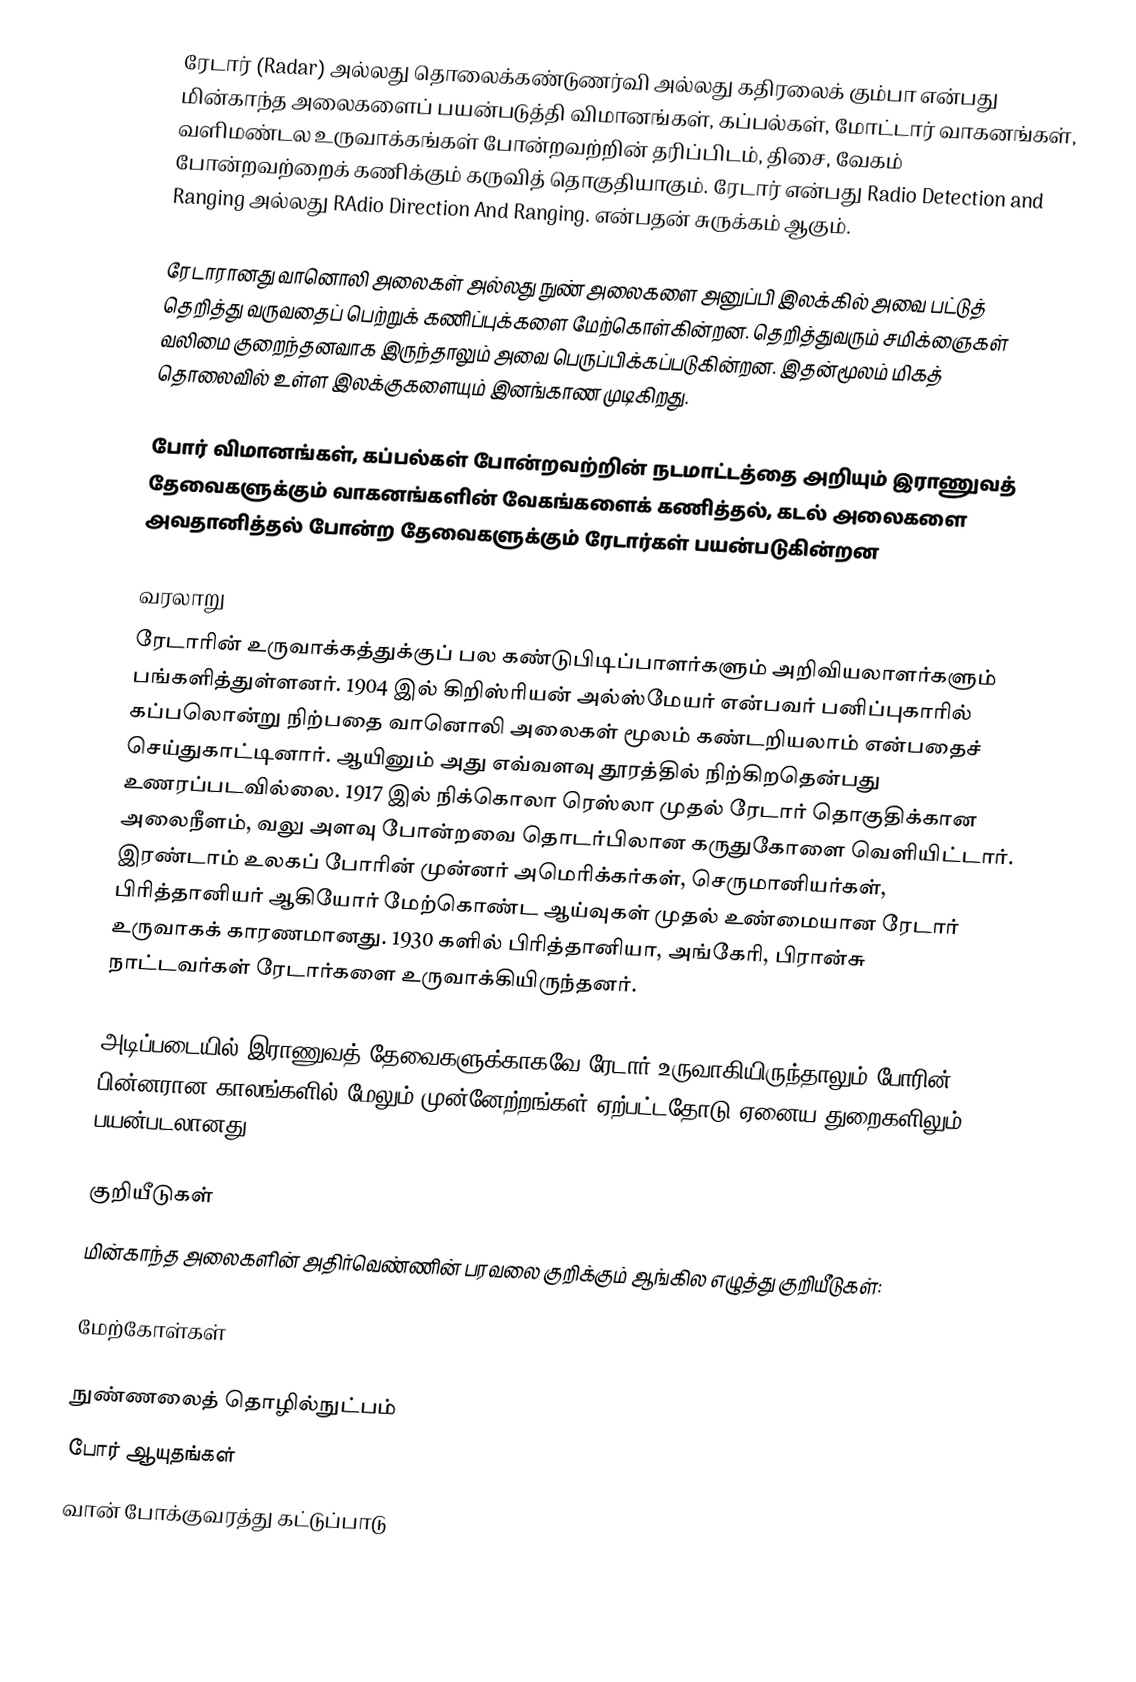
ரேடார் (Radar) அல்லது தொலைக்கண்டுணர்வி அல்லது கதிரலைக் கும்பா என்பது மின்காந்த அலைகளைப் பயன்படுத்தி விமானங்கள், கப்பல்கள், மோட்டார் வாகனங்கள், வளிமண்டல உருவாக்கங்கள் போன்றவற்றின் தரிப்பிடம், திசை, வேகம் போன்றவற்றைக் கணிக்கும் கருவித் தொகுதியாகும். ரேடார் என்பது Radio Detection and Ranging  அல்லது RAdio Direction And Ranging. என்பதன் சுருக்கம் ஆகும்.

ரேடாரானது வானொலி அலைகள் அல்லது நுண் அலைகளை அனுப்பி இலக்கில் அவை பட்டுத் தெறித்து வருவதைப் பெற்றுக் கணிப்புக்களை மேற்கொள்கின்றன. தெறித்துவரும் சமிக்ஞைகள் வலிமை குறைந்தனவாக இருந்தாலும் அவை பெருப்பிக்கப்படுகின்றன. இதன்மூலம் மிகத் தொலைவில் உள்ள இலக்குகளையும் இனங்காண முடிகிறது.

போர் விமானங்கள், கப்பல்கள் போன்றவற்றின் நடமாட்டத்தை அறியும் இராணுவத் தேவைகளுக்கும் வாகனங்களின் வேகங்களைக் கணித்தல், கடல் அலைகளை அவதானித்தல் போன்ற தேவைகளுக்கும் ரேடார்கள் பயன்படுகின்றன

வரலாறு
ரேடாரின் உருவாக்கத்துக்குப் பல கண்டுபிடிப்பாளர்களும் அறிவியலாளர்களும் பங்களித்துள்ளனர். 1904 இல் கிறிஸ்ரியன் அல்ஸ்மேயர் என்பவர் பனிப்புகாரில் கப்பலொன்று நிற்பதை வானொலி அலைகள் மூலம் கண்டறியலாம் என்பதைச் செய்துகாட்டினார். ஆயினும் அது எவ்வளவு தூரத்தில் நிற்கிறதென்பது உணரப்படவில்லை. 1917 இல் நிக்கொலா ரெஸ்லா முதல் ரேடார் தொகுதிக்கான அலைநீளம், வலு அளவு போன்றவை தொடர்பிலான கருதுகோளை வெளியிட்டார். இரண்டாம் உலகப் போரின் முன்னர் அமெரிக்கர்கள், செருமானியர்கள், பிரித்தானியர் ஆகியோர் மேற்கொண்ட ஆய்வுகள் முதல் உண்மையான ரேடார் உருவாகக் காரணமானது. 1930 களில் பிரித்தானியா, அங்கேரி, பிரான்சு நாட்டவர்கள் ரேடார்களை உருவாக்கியிருந்தனர்.

அடிப்படையில் இராணுவத் தேவைகளுக்காகவே ரேடார் உருவாகியிருந்தாலும் போரின் பின்னரான காலங்களில் மேலும் முன்னேற்றங்கள் ஏற்பட்டதோடு ஏனைய துறைகளிலும் பயன்படலானது.

குறியீடுகள்
மின்காந்த அலைகளின் அதிர்வெண்ணின் பரவலை குறிக்கும் ஆங்கில எழுத்து குறியீடுகள்:

மேற்கோள்கள்

நுண்ணலைத் தொழில்நுட்பம்
போர் ஆயுதங்கள்
வான் போக்குவரத்து கட்டுப்பாடு